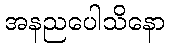
အနညပေါသိနော